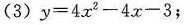
(3)$$y = 4 x ^ { 2 } - 4 x - 3$$；